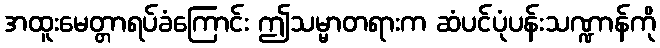
အထူးမေတ္တာရပ်ခံကြောင်း ဤသမ္မာတရားက ဆံပင်ပုံပန်းသဏ္ဍာန်ကို